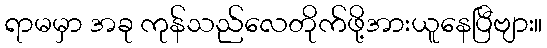
ရာမမှာ အခု ကုန်သည်လေတိုက်ဖို့အားယူနေပြီဗျား။